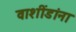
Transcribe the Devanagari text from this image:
वाशींडांना